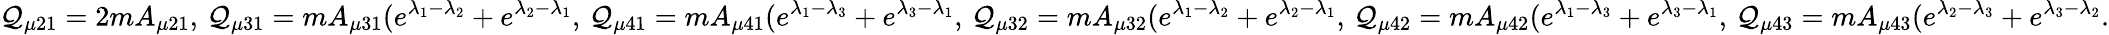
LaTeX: \mathcal{Q}_{\mu21}=2mA_{\mu21},\, \mathcal{Q}_{\mu31}=mA_{\mu31}(e^{\lambda_{1}-\lambda_{2}}+e^{\lambda_{2}-\lambda_{1}},\, \mathcal{Q}_{\mu41}=mA_{\mu41}(e^{\lambda_{1}-\lambda_{3}}+e^{\lambda_{3}-\lambda_{1}},\, \mathcal{Q}_{\mu32}=mA_{\mu32}(e^{\lambda_{1}-\lambda_{2}}+e^{\lambda_{2}-\lambda_{1}},\, \mathcal{Q}_{\mu42}=mA_{\mu42}(e^{\lambda_{1}-\lambda_{3}}+e^{\lambda_{3}-\lambda_{1}},\, \mathcal{Q}_{\mu43}=mA_{\mu43}(e^{\lambda_{2}-\lambda_{3}}+e^{\lambda_{3}-\lambda_{2}}.